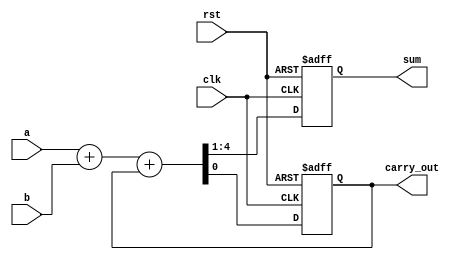
module carry_detect_adder (
    input wire clk,
    input wire rst,
    input wire [3:0] a,
    input wire [3:0] b,
    output wire [3:0] sum,
    output wire carry_out
);

reg [3:0] sum_reg;
reg carry;

always @(posedge clk or posedge rst) begin
    if (rst) begin
        sum_reg <= 4'b0;
        carry <= 1'b0;
    end else begin
        {sum_reg, carry} = a + b + carry;
    end
end

assign sum = sum_reg;
assign carry_out = carry;

endmodule